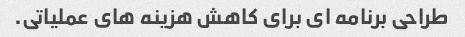
طراحی برنامه ای برای کاهش هزینه های عملیاتی.